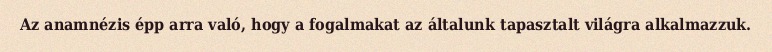
Az anamnézis épp arra való, hogy a fogalmakat az általunk tapasztalt világra alkalmazzuk.